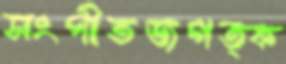
সংগীতজগত্ক